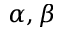
\alpha , \beta